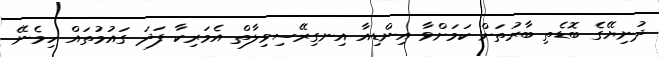
ދުނިޔޭގެ ބޮޑެތި ބާރުތަށް ކަމަށްވާ އިންޑިއާ އިނގިރޭސިވިލާތް އެމަރިކާ ފަދަ ގައުމުތައް ހިމެނޭ